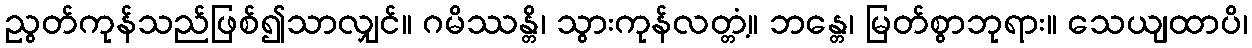
ညွတ်ကုန်သည်ဖြစ်၍သာလျှင်။ ဂမိဿန္တိ၊ သွားကုန်လတ္တံ့။ ဘန္တေ၊ မြတ်စွာဘုရား။ သေယျထာပိ၊